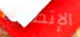
الإتصالات